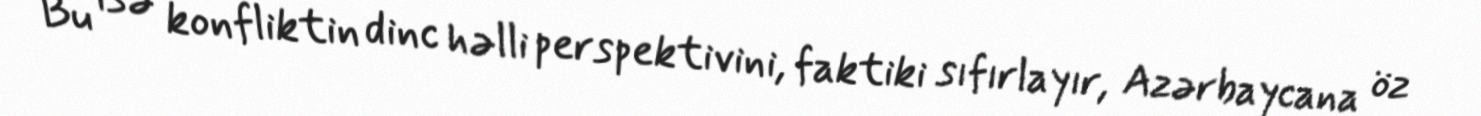
Bu isə konfliktin dinc həlli perspektivini, faktiki sıfırlayır, Azərbaycana öz